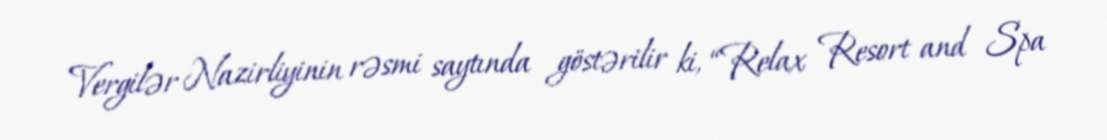
Vergilər Nazirliyinin rəsmi saytında göstərilir ki, “Relax Resort and Spa